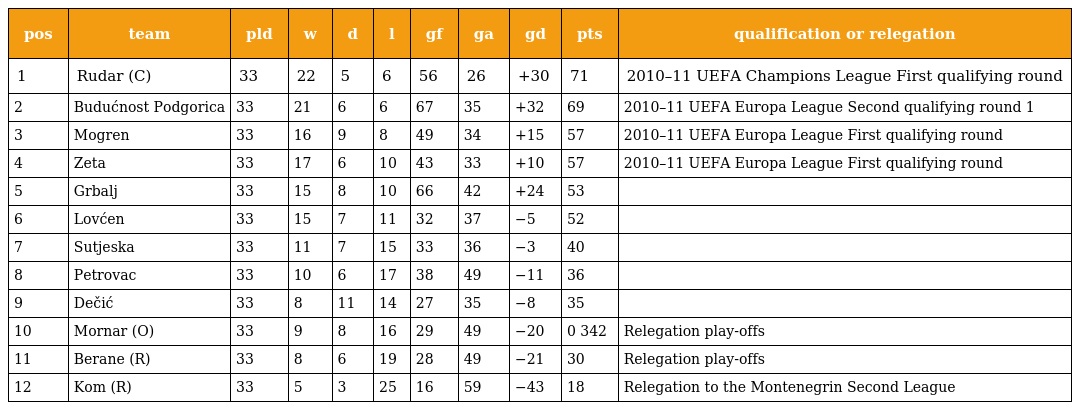
| pos | team | pld | w | d | l | gf | ga | gd | pts | qualification or relegation |
 | --- | --- | --- | --- | --- | --- | --- | --- | --- | --- | --- |
 | 1 | Rudar (C) | 33 | 22 | 5 | 6 | 56 | 26 | +30 | 71 | 2010–11 UEFA Champions League First qualifying round |
 | 2 | Budućnost Podgorica | 33 | 21 | 6 | 6 | 67 | 35 | +32 | 69 | 2010–11 UEFA Europa League Second qualifying round 1 |
 | 3 | Mogren | 33 | 16 | 9 | 8 | 49 | 34 | +15 | 57 | 2010–11 UEFA Europa League First qualifying round |
 | 4 | Zeta | 33 | 17 | 6 | 10 | 43 | 33 | +10 | 57 | 2010–11 UEFA Europa League First qualifying round |
 | 5 | Grbalj | 33 | 15 | 8 | 10 | 66 | 42 | +24 | 53 |  |
 | 6 | Lovćen | 33 | 15 | 7 | 11 | 32 | 37 | −5 | 52 |  |
 | 7 | Sutjeska | 33 | 11 | 7 | 15 | 33 | 36 | −3 | 40 |  |
 | 8 | Petrovac | 33 | 10 | 6 | 17 | 38 | 49 | −11 | 36 |  |
 | 9 | Dečić | 33 | 8 | 11 | 14 | 27 | 35 | −8 | 35 |  |
 | 10 | Mornar (O) | 33 | 9 | 8 | 16 | 29 | 49 | −20 | 0 342 | Relegation play-offs |
 | 11 | Berane (R) | 33 | 8 | 6 | 19 | 28 | 49 | −21 | 30 | Relegation play-offs |
 | 12 | Kom (R) | 33 | 5 | 3 | 25 | 16 | 59 | −43 | 18 | Relegation to the Montenegrin Second League |